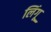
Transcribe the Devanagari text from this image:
लिंगू